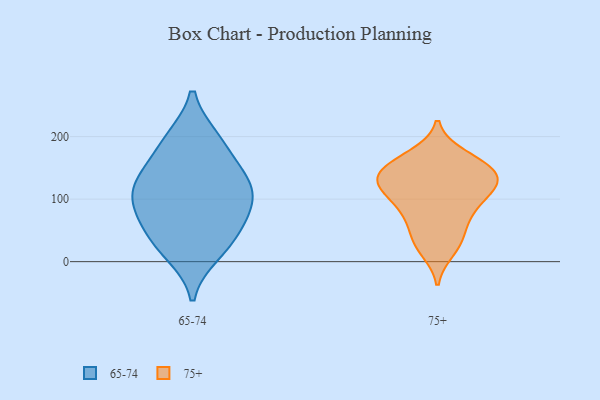
{"axis": {"x": "Demand Index", "y": "Value"}, "legend": ["65-74", "75+"], "data": [{"x": "", "y": 96, "type": "65-74"}, {"x": "", "y": 23, "type": "65-74"}, {"x": "", "y": 45, "type": "65-74"}, {"x": "", "y": 13, "type": "65-74"}, {"x": "", "y": 124, "type": "65-74"}, {"x": "", "y": 197, "type": "65-74"}, {"x": "", "y": 157, "type": "65-74"}, {"x": "", "y": 68, "type": "65-74"}, {"x": "", "y": 137, "type": "65-74"}, {"x": "", "y": 197, "type": "65-74"}, {"x": "", "y": 104, "type": "65-74"}, {"x": "", "y": 72, "type": "65-74"}, {"x": "", "y": 120, "type": "65-74"}, {"x": "", "y": 114, "type": "75+"}, {"x": "", "y": 114, "type": "75+"}, {"x": "", "y": 162, "type": "75+"}, {"x": "", "y": 120, "type": "75+"}, {"x": "", "y": 82, "type": "75+"}, {"x": "", "y": 150, "type": "75+"}, {"x": "", "y": 74, "type": "75+"}, {"x": "", "y": 35, "type": "75+"}, {"x": "", "y": 147, "type": "75+"}, {"x": "", "y": 34, "type": "75+"}, {"x": "", "y": 19, "type": "75+"}, {"x": "", "y": 146, "type": "75+"}, {"x": "", "y": 137, "type": "75+"}, {"x": "", "y": 129, "type": "75+"}, {"x": "", "y": 75, "type": "75+"}, {"x": "", "y": 169, "type": "75+"}, {"x": "", "y": 116, "type": "75+"}]}